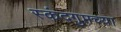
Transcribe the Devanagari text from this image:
स्कंदगुप्तच्या